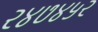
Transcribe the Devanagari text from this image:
२४७४५२